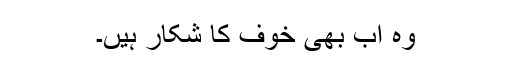
وہ اب بھی خوف کا شکار ہیں۔